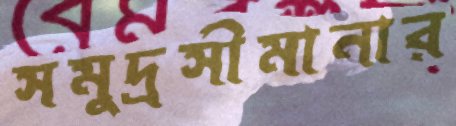
সমুদ্রসীমানার